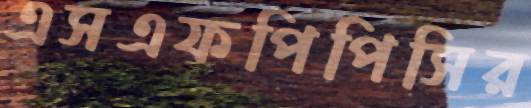
এসএফপিপিসির